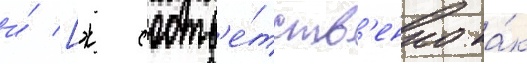
и́ [ж соотв'е́тств'енно ка́к